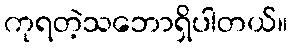
ကုရတဲ့သဘောရှိပါတယ်။